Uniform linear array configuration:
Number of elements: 8
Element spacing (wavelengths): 1
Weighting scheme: uniform
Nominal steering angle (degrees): -45
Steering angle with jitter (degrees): -44.584
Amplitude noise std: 0.05
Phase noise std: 0.05

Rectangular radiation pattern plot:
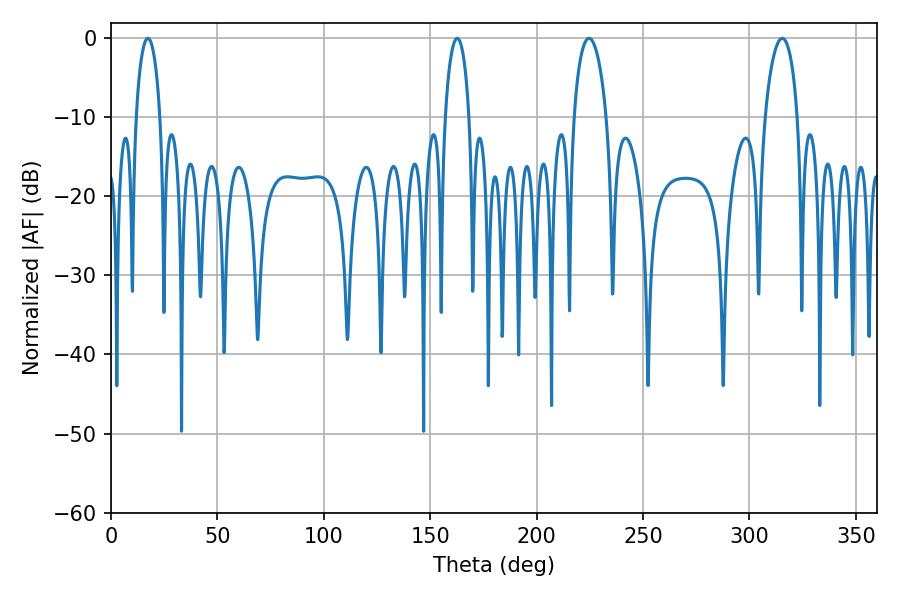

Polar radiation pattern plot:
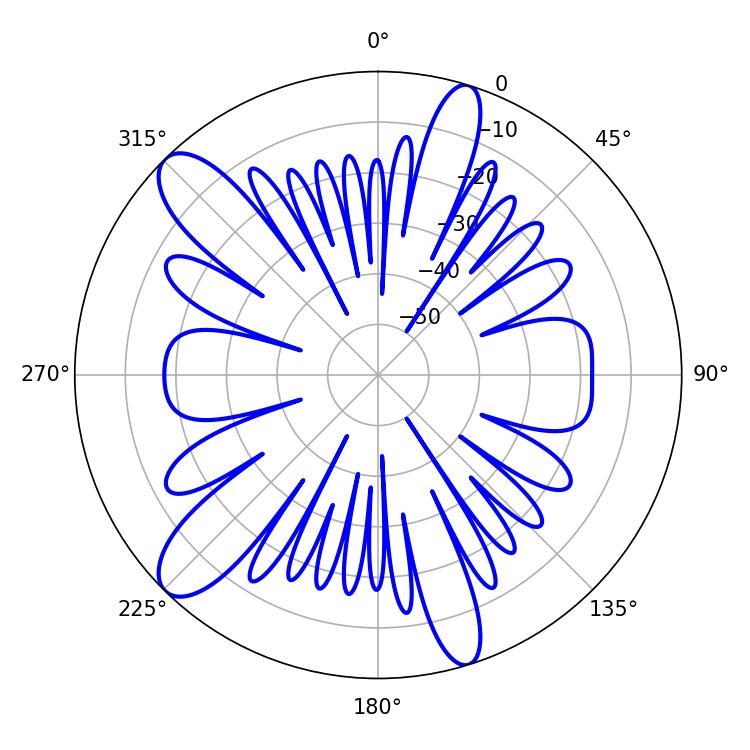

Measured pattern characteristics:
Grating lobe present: TRUE
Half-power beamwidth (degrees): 8.64
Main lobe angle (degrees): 224.64